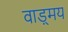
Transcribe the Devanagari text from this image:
वाड़्मय